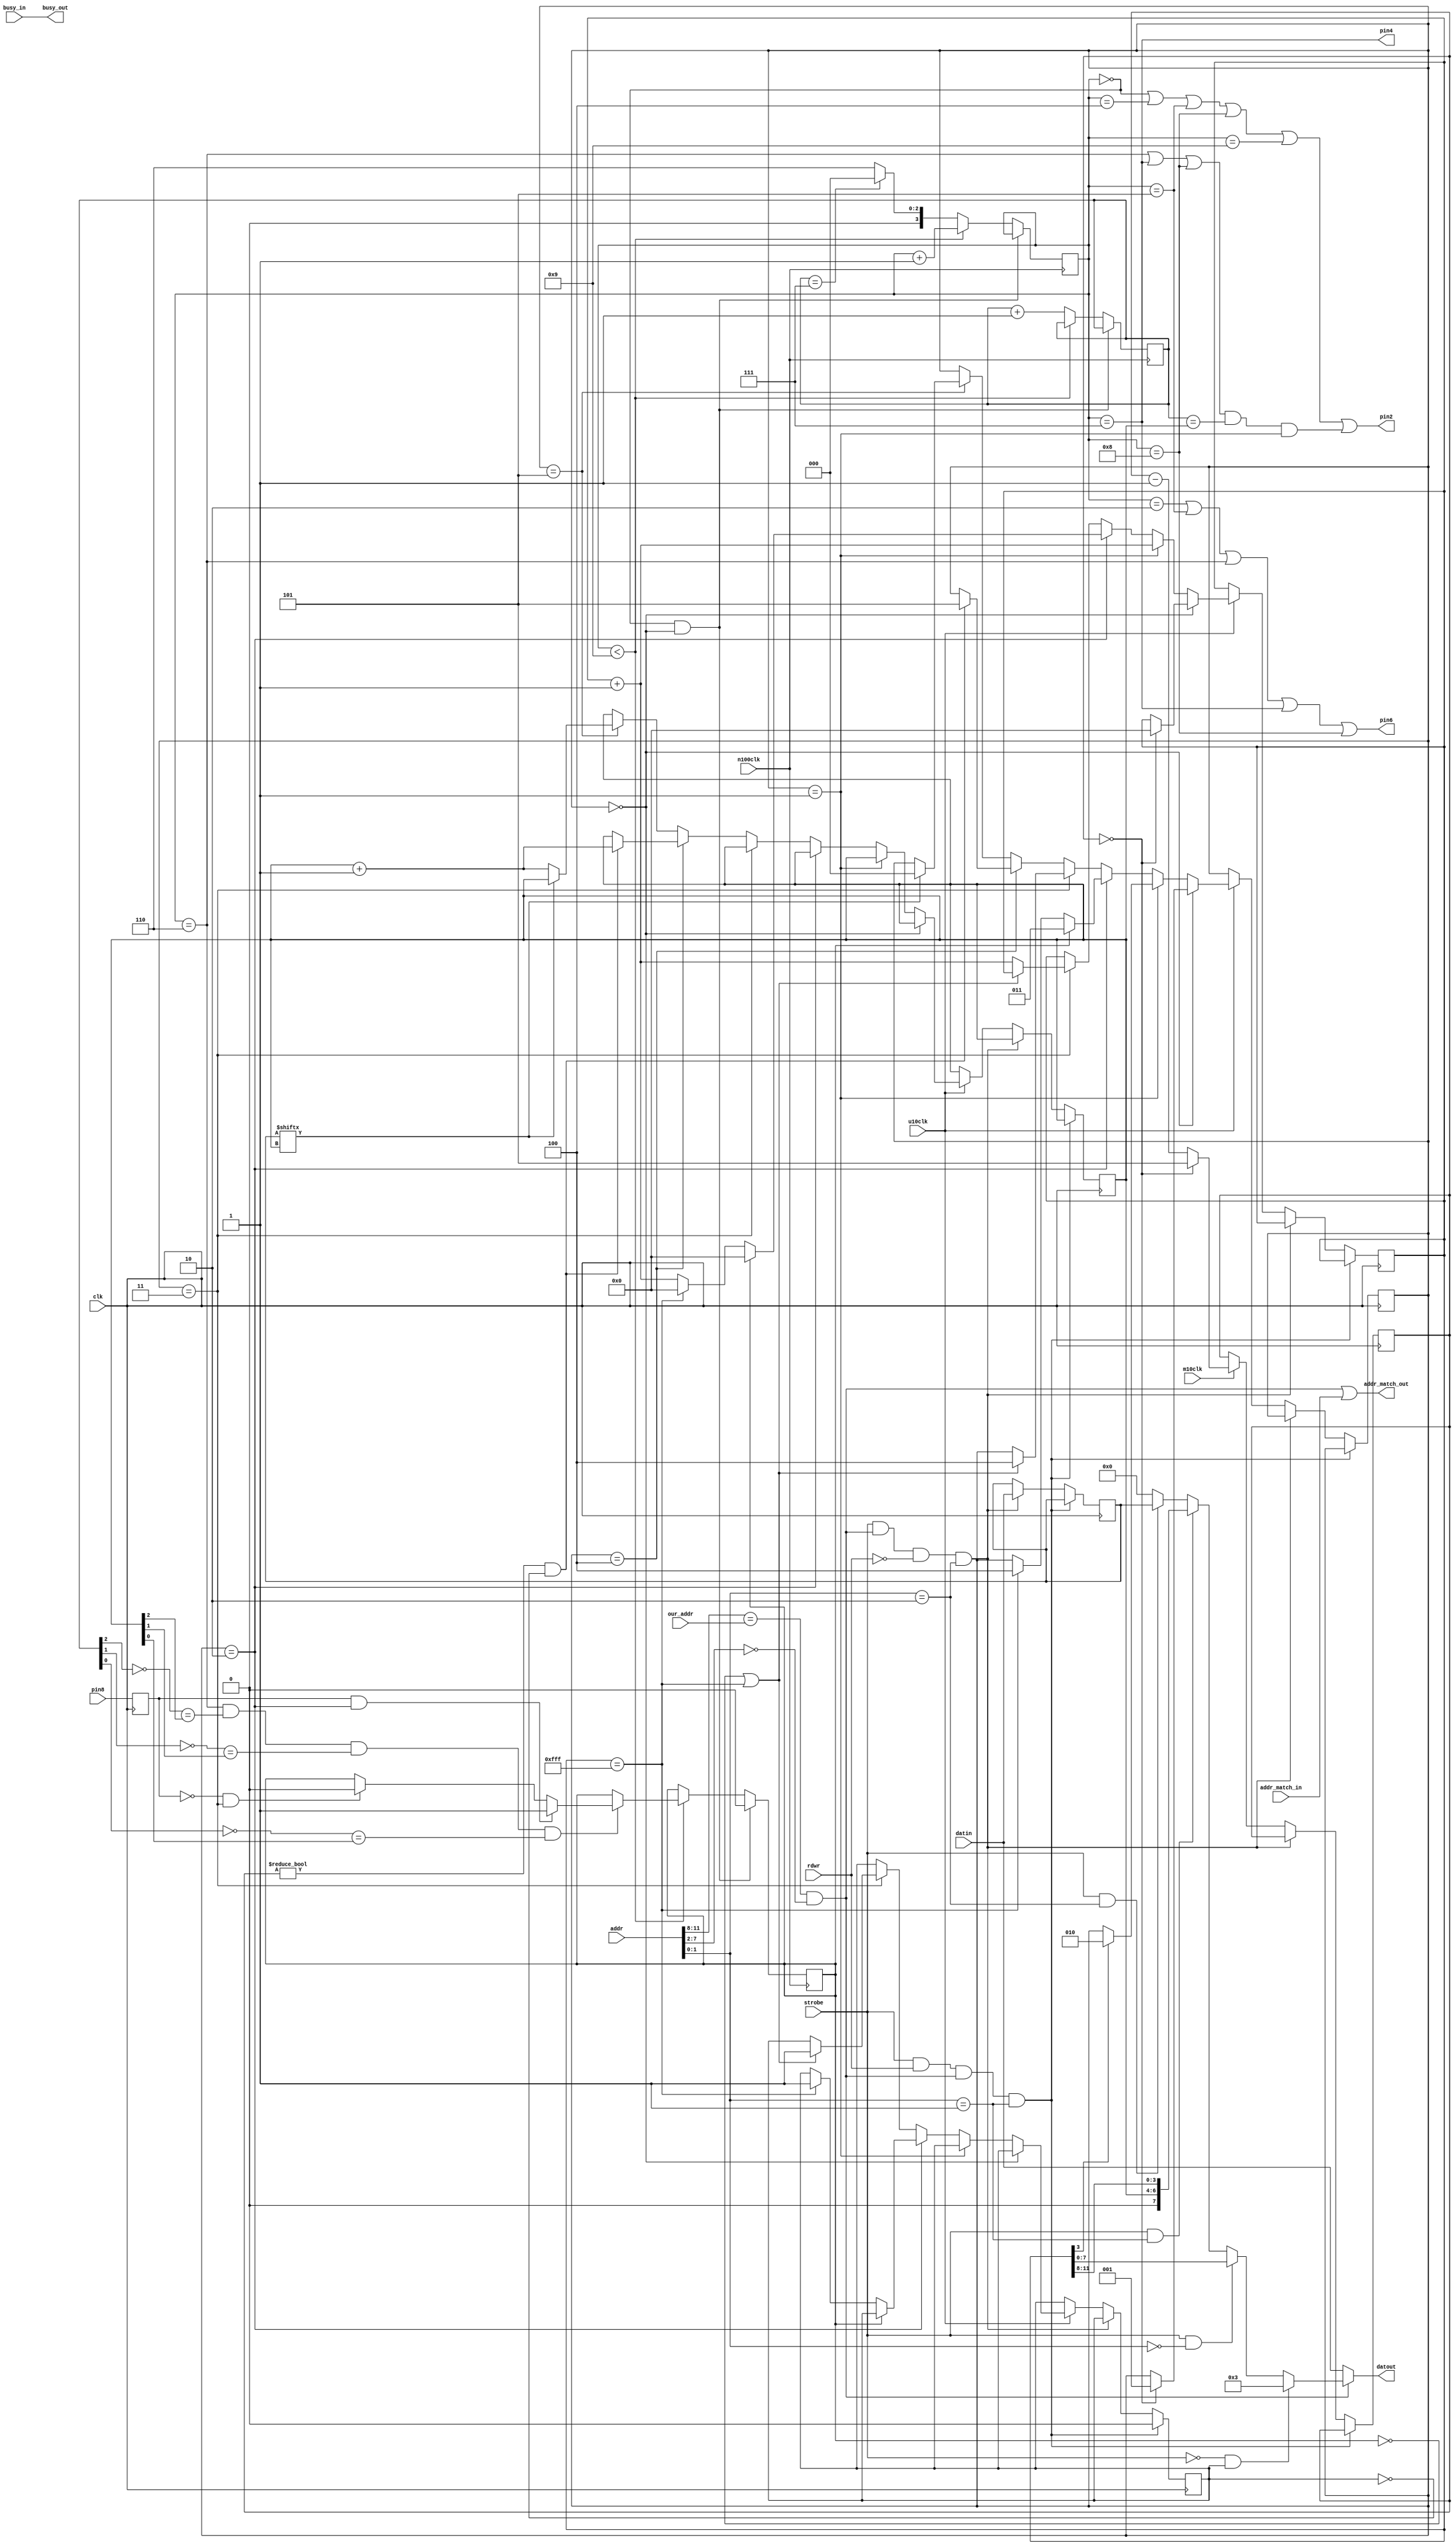
module us8(clk,rdwr,strobe,our_addr,addr,busy_in,busy_out,
       addr_match_in,addr_match_out,datin,datout,
       n100clk, u10clk, m10clk, pin2, pin4, pin6, pin8);

    input  clk;              // system clock
    input  rdwr;             // direction of this transfer. Read=1; Write=0
    input  strobe;           // true on full valid command
    input  [3:0] our_addr;   // high byte of our assigned address
    input  [11:0] addr;      // address of target peripheral
    input  busy_in;          // ==1 if a previous peripheral is busy
    output busy_out;         // ==our busy state if our address, pass through otherwise
    input  addr_match_in;    // ==1 if a previous peripheral claims the address
    output addr_match_out;   // ==1 if we claim the above address, pass through otherwise
    input  [7:0] datin;      // Data INto the peripheral;
    output [7:0] datout;     // Data OUTput from the peripheral, = datin if not us.
    input  n100clk;          // 100 nanosecond clock pulse
    input  u10clk;           // 1 microsecond clock pulse
    input  m10clk;           // 10 millisecond clock pulse
    output pin2;             // Pin2 to the us8 card.  Clock control and data.
    output pin4;             // Pin4 to the us8 card.  Clock control.
    output pin6;             // Pin6 to the us8 card.  Clock control.
    input  pin8;             // Serial data from the us8

    // State variables
    reg    [2:0] snst;       // State variable for outer loop of sensors
    reg    [2:0] snid;       // Sensor ID for current pulse.
    reg    [2:0] bst;        // Bit number for shifting bits in/out to card
    reg    [3:0] gst;        // global state for xfer from card
    reg    dataready;        // set=1 to wait for an autosend to host
    reg    sample;           // used to bring pin8 into our clock domain
    reg    [2:0] mscntr;     // Counter for 10 ms pulses
    reg    [11:0] timr;      // timer/counter for 12.8 us and echo times
    reg    gotecho;          // ==1 when and echo is found
    reg    [7:0] enbl;      // Bit is set for enabled sensors


    initial
    begin
        snst = 0;
        snid = 0;
        mscntr = 0;
        gst = 0;
        bst = 0;
        dataready = 0;
        timr = 0;
        enbl = 0;
    end

    always @(posedge clk)
    begin
        sample <= pin8;

        // read of high byte clears the dataready flag
        if (strobe && rdwr && myaddr && (addr[1:0] == 1))
        begin
            dataready <= 0;
        end
        else if (strobe && myaddr && ~rdwr && (addr[1:0] == 2))  // latch data on a write
        begin
            enbl[7:0] <= datin[7:0];
        end

        // else if host is not reading our regs
        else
        begin
            // Decrement the global 60 ms timer
            if (m10clk == 1)
                mscntr <= (mscntr == 0) ? 3'h5 : (mscntr - 3'h1);

            if (u10clk == 1)
            begin
                //  SNST==0, wait for 60 ms edge
                if (snst == 0)
                begin
                     if (mscntr == 0)
                     begin
                        // clear timer, go to snst state 1
                        timr <= 0;
                        snst <= 1;
                    end
                end 
                //  SNST==1,    Wait for 10 microseconds
                else if (snst == 1)
                begin
                    timr <= timr + 12'h001;
                    // at 100 KHz, timr bit 1 goes high at 10 us
                    if (timr[3])
                    begin
                        snst <= 2;         // go to SNST 2
                    end
                end
                //  SNST==2,    Wait for line from sensor to go high (or 40 ms)
                else if (snst == 2)
                begin
                    if (gotecho)
                    begin
                        timr <= 0;
                        snst <= 3;
                    end
                    else if (timr == 12'hfff)
                    begin
                        // No high pulse.  Missing sensor?
                        dataready <= 1;   // report a zero to host
                        timr <= 0;
                        snst <= 4;        // go find next snid
                    end
                    else
                        timr <= timr + 12'h001;
                end
                // SNST==3 wait for line to go low or for 40 ms
                else if (snst == 3)
                begin
                    if ((~gotecho) | (timr == 12'hfff))
                    begin
                        dataready <= 1;
                        snst <= 4;
                    end
                    else
                        timr <= timr + 12'h001;
                end
                // SNST==4    Wait for mscntr to not be zero and for dataready to be zero
                else if (snst == 4)
                begin
                    if ((mscntr != 0) && ~dataready)
                    begin
                        snid <= snid + 3'h1;
                        snst <= 5;
                    end
                end
                // SNST==5  Ready to start next reading.  Find the next enabled sensor.
                else if (snst == 5)   
                begin
                    if (enbl[snid] == 0)
                        snid <= snid + 3'h1;
                    else
                        snst <= 0;
                end
            end
        end
    end


    // This is the state machine for sending the start pulses
    // out to the io8 card and for looking for a returning echo
    // We only need to send/read data during the start pulse 
    // and during the echo search -- that is, during snst==1
    // and snst==2
    always @(posedge n100clk)
    begin
        // GST is the state variable controlling the bit shift to the io8 registers
        if ((gst == 0) && (snst == 0))
            // wait here for start pulse (snst==1)
            gotecho <= 0;
        else if (gst < 9)
        begin
            gst <= gst + 4'h1;
            if ((gst ==6) && (~bst[2] == snid[2]) && (~bst[1] == snid[1]) && (~bst[0] == snid[0]))
                if ((sample == 1) && (snst == 2))
                    gotecho <= 1;
                else if ((sample == 0) && (snst == 3))
                    gotecho <= 0;
        end
        else
        begin
            gst <= (bst == 7) ? 4'h0 : 4'h6;
            bst <= bst + 3'h1;
        end
    end


    // Assign the outputs.
    assign pin2 = (gst == 0) || (gst == 4) || (gst == 5) || (gst == 8) || (gst == 9) ||
                   (((gst == 6) || (gst == 7) || (gst == 8)) && (bst == snid) && (snst == 1));
    assign pin4 = (gst == 7);
    assign pin6 = (gst == 2) || (gst == 5) || (gst == 6) || (gst == 7) || (gst == 8);

    assign myaddr = (addr[11:8] == our_addr) && (addr[7:2] == 0);
    assign datout = (~myaddr) ? datin :
                    (~strobe && (dataready)) ? 8'h03 :
                    (strobe && (addr[1:0] == 0)) ? timr[7:0] : 
                    (strobe && (addr[1:0] == 1)) ? {1'b0,snid,timr[11:8]} :
                    (strobe && (addr[1:0] == 2)) ? enbl[7:0] :
                    8'h00 ; 

    // Loop in-to-out where appropriate
    assign busy_out = busy_in;
    assign addr_match_out = myaddr | addr_match_in;

endmodule